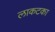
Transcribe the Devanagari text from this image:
लाकटका